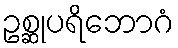
ဥစ္ဆုပရိဘောဂံ